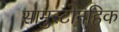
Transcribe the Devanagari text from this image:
सामुस्टोनहिक